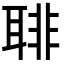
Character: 𦖕